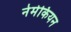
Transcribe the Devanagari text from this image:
नेमेकियन